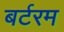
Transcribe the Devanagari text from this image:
बर्टरम